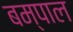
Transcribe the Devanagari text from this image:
बम्पाल